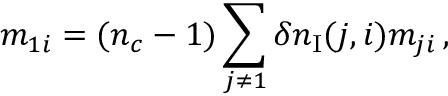
m _ { 1 i } = ( n _ { c } - 1 ) \sum _ { j \neq 1 } \delta n _ { \mathrm { I } } ( j , i ) m _ { j i } \, ,